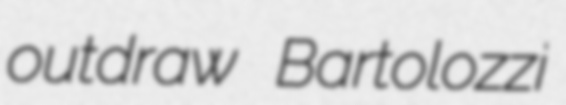
outdraw Bartolozzi